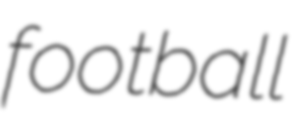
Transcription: football